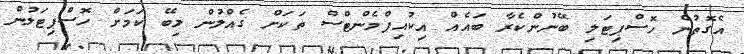
އެގޮތުން ހޮސްޕިޓަލި ބޭނުންކެރާ ބައެއް އިކުއިޕްމެންޓްސް ތަކަށް ގެއްލުން ލިބޭ ކަމަށް ހޮސްޕިޓަލުން